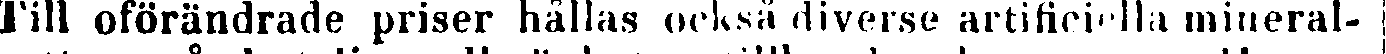
Till oförändrade priser hållas också diverse artificiella mineral-